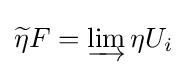
{\widetilde {\eta }}F=\varinjlim \eta U_{i}